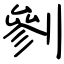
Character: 剼